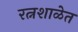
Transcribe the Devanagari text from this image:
रत्नशाळेत